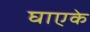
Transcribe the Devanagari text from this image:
घाएके